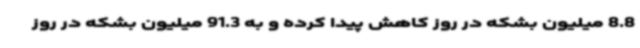
8.8 میلیون بشکه در روز کاهش پیدا کرده و به 91.3 میلیون بشکه در روز